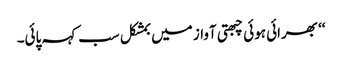
‘‘ بھرائی ہوئی چبھتی آواز میں بمشکل سب کہہ پائی۔